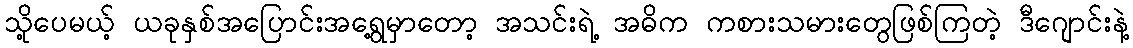
သို့ပေမယ့် ယခုနှစ်အပြောင်းအရွေ့မှာတော့ အသင်းရဲ့ အဓိက ကစားသမားတွေဖြစ်ကြတဲ့ ဒီဂျောင်းနဲ့